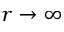
r \to \infty